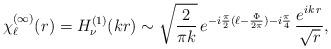
LaTeX: \begin{align*}\chi^{(\infty)}_\ell(r)= H_\nu^{(1)}(kr) \sim \sqrt{\frac{2}{\pi k}}\, e^{-i\frac{\pi }{2}(\ell-\frac{\Phi}{2\pi}) - i \frac{\pi}{4}} \,\frac{e^{i k\,r}}{\sqrt{r}}, \end{align*}